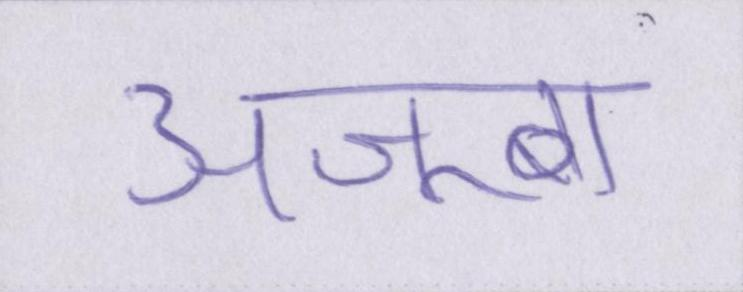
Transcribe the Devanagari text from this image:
अजूबा